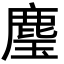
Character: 𮭳